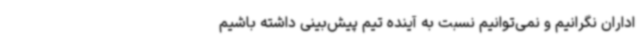
اداران نگرانیم و نمی‌توانیم نسبت به آینده تیم پیش‌بینی داشته باشیم